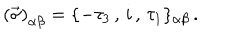
\left( \vec { \sigma } \right) _ { \alpha \beta } = \{ - \tau _ { 3 } \, , \, i \, , \, \tau _ { 1 } \} _ { \alpha \beta } \, .